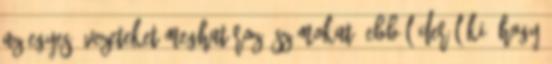
az egyes övezeteket meghatározó számokat. Ebből derül ki, hogy